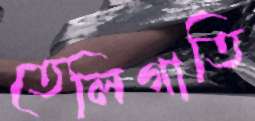
তেলিগাতি